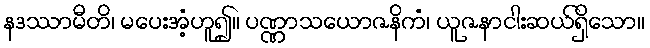
နဒဿာမီတိ၊ မပေးအံ့ဟူ၍။ ပဏ္ဏာသယောဇနိကံ၊ ယူဇနာငါးဆယ်ရှိသော။